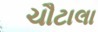
ચૌટાલા